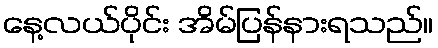
နေ့လယ်ပိုင်း အိမ်ပြန်နားရသည်။